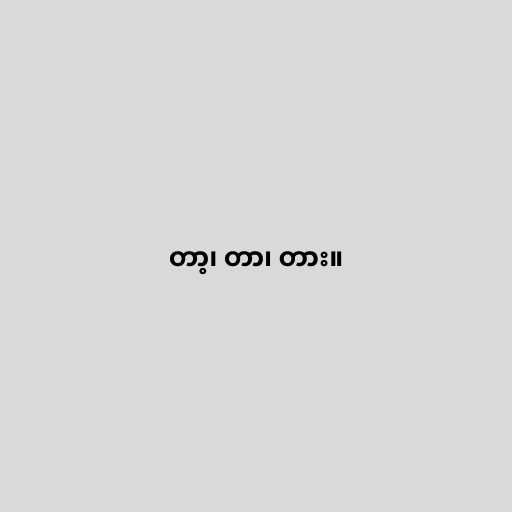
တာ့၊ တာ၊ တား။